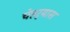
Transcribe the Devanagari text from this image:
चेहर्‍यास